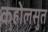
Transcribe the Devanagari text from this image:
कहोलसुत